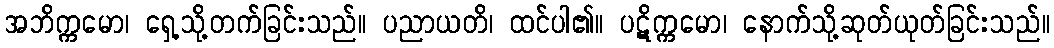
အဘိက္ကမော၊ ရှေ့သို့တက်ခြင်းသည်။ ပညာယတိ၊ ထင်ပါ၏။ ပဋိက္ကမော၊ နောက်သို့ဆုတ်ယုတ်ခြင်းသည်။